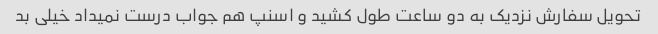
تحویل سفارش نزدیک به دو ساعت طول کشید و اسنپ هم جواب درست نمیداد خیلی بد